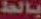
بالط